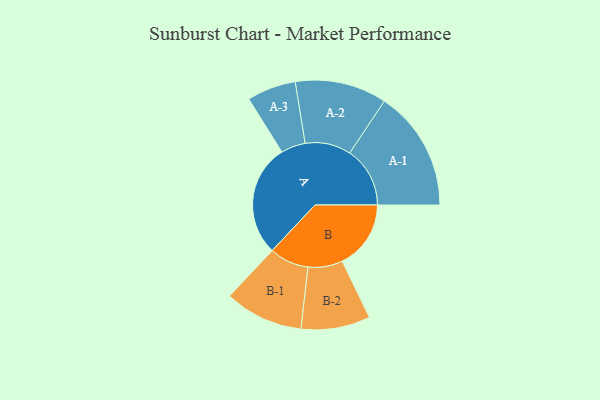
{"axis": {"x": "Segment", "y": "Value"}, "legend": ["", "A", "B"], "data": [{"x": "A", "y": 467, "type": ""}, {"x": "B", "y": 286, "type": ""}, {"x": "A-1", "y": 251, "type": "A"}, {"x": "A-2", "y": 191, "type": "A"}, {"x": "A-3", "y": 102, "type": "A"}, {"x": "B-1", "y": 164, "type": "B"}, {"x": "B-2", "y": 144, "type": "B"}]}